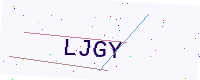
Text: LJGY